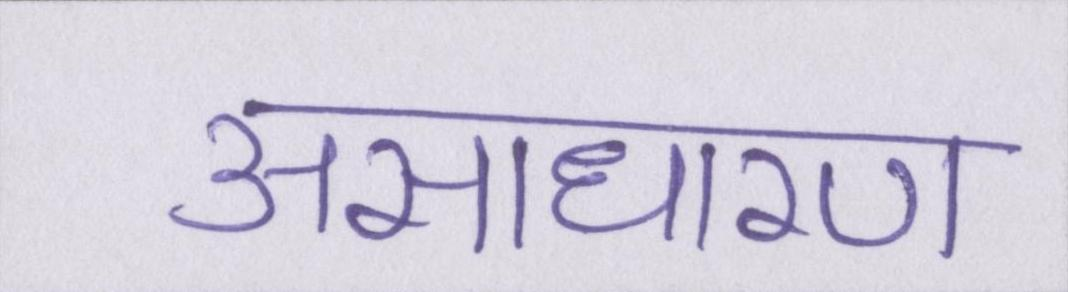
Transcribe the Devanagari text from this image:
असाधारण